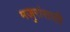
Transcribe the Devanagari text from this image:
मजुरांसाठी